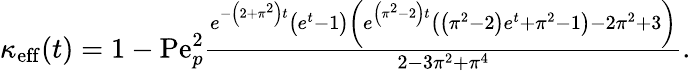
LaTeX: \begin{array}{r}{\kappa_{\mathrm{eff}}(t)=1-\mathrm{Pe}_{p}^{2}\frac{e^{-\left(2+\pi^{2}\right)t}\left(e^{t}-1\right)\left(e^{\left(\pi^{2}-2\right)t}\left(\left(\pi^{2}-2\right)e^{t}+\pi^{2}-1\right)-2\pi^{2}+3\right)}{2-3\pi^{2}+\pi^{4}}.}\end{array}